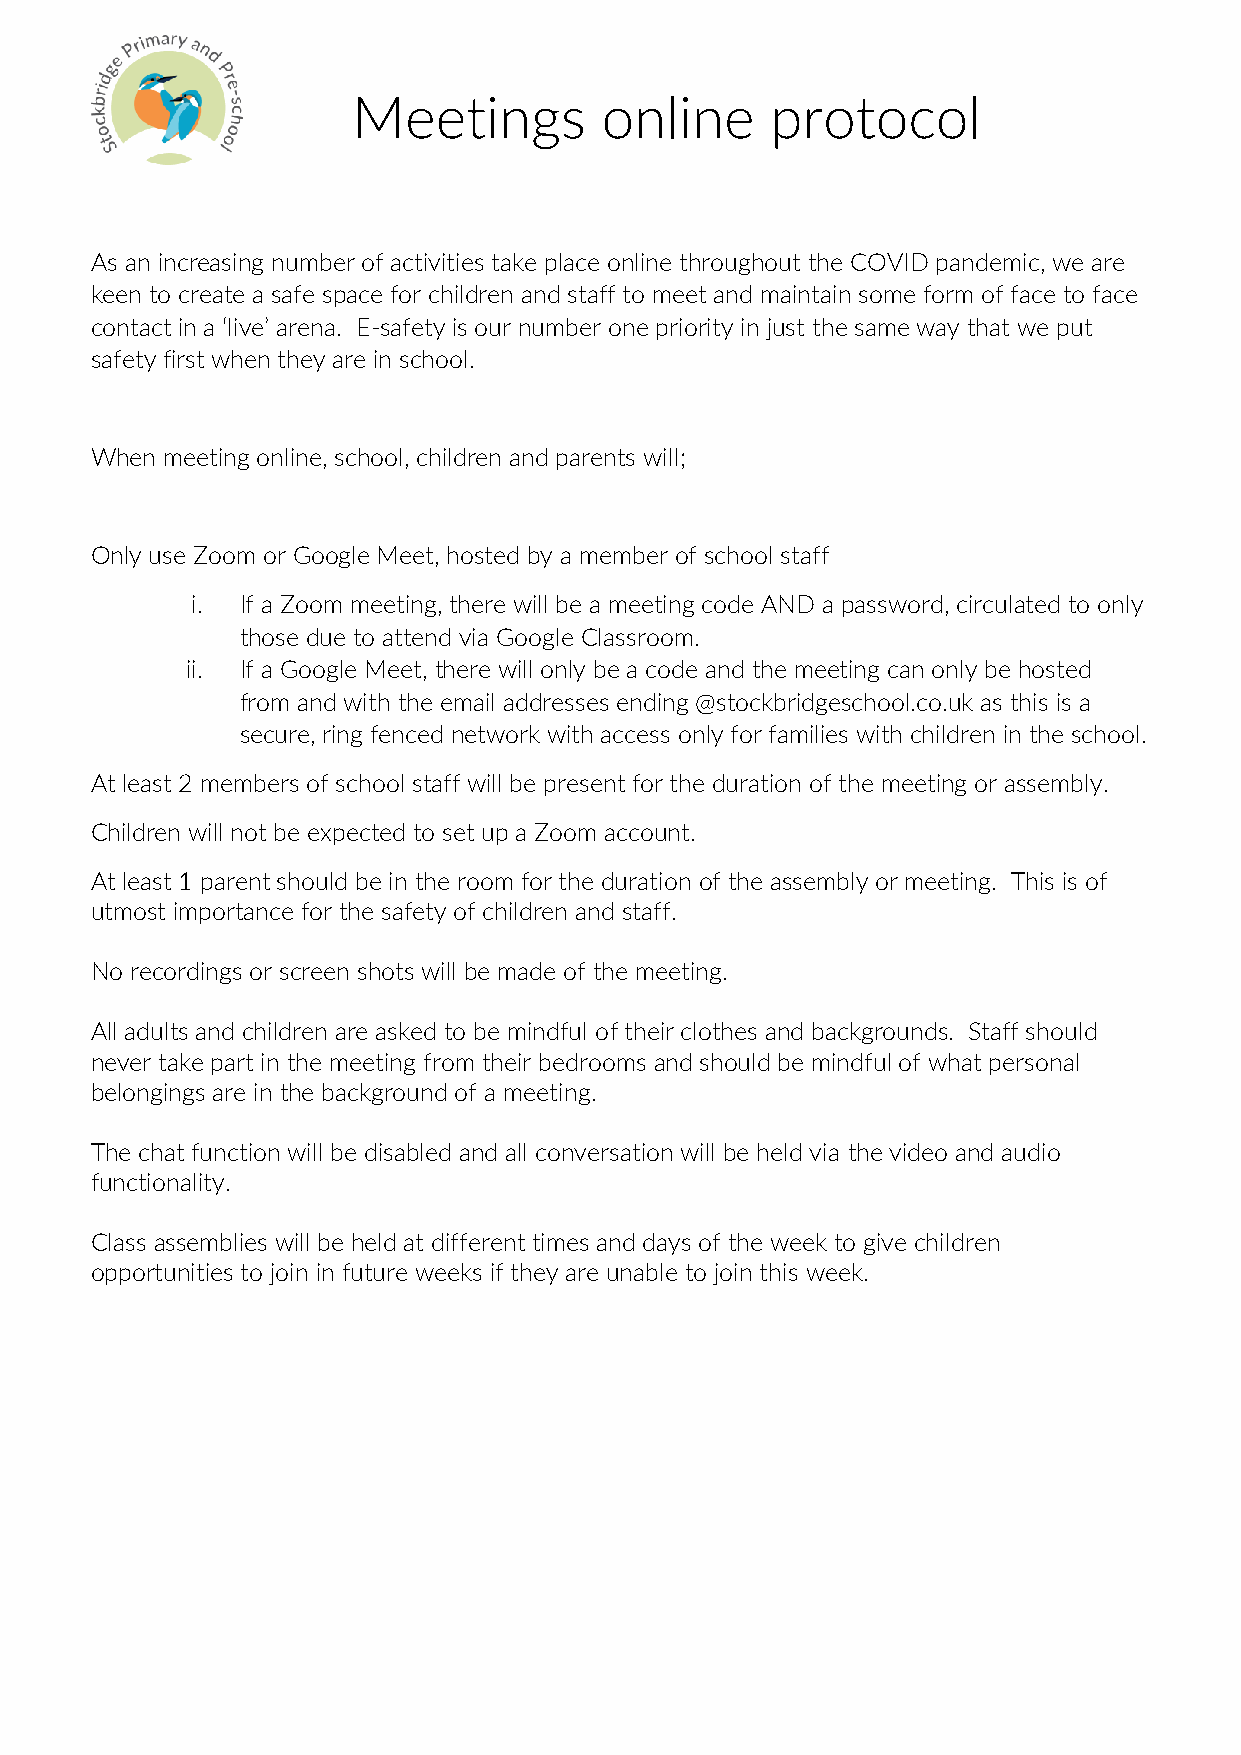
Meetings         online     protocol
 As an increasing number of activities take place online throughout the COVID pandemic, we are
 keen to create a safe space for children and staff to meet and maintain some form of face to face
 contact in a ‘live’ arena. E-safety is our number one priority in just the same way that we put
 safety first when they are in school.
 When meeting online, school, children and parents will;
 Only use Zoom or Google Meet, hosted by a member of school staff
 i. If a Zoom meeting, there will be a meeting code AND a password, circulated to only
 those due to attend via Google Classroom.
 ii. If a Google Meet, there will only be a code and the meeting can only be hosted
 from and with the email addresses ending @stockbridgeschool.co.uk as this is a
 secure, ring fenced network with access only for families with children in the school.
 At least 2 members of school staff will be present for the duration of the meeting or assembly.
 Children will not be expected to set up a Zoom account.
 At least 1 parent should be in the room for the duration of the assembly or meeting. This is of
 utmost importance for the safety of children and staff.
 No recordings or screen shots will be made of the meeting.
 All adults and children are asked to be mindful of their clothes and backgrounds. Staff should
 never take part in the meeting from their bedrooms and should be mindful of what personal
 belongings are in the background of a meeting.
 The chat function will be disabled and all conversation will be held via the video and audio
 functionality.
 Class assemblies will be held at different times and days of the week to give children
 opportunities to join in future weeks if they are unable to join this week.